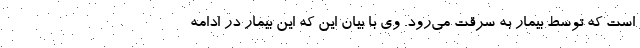
است که توسط بیمار به سرقت می‌رود. وی با بیان این که این بیمار در ادامه